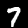
Label: 7